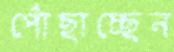
পোঁছাচ্ছেন